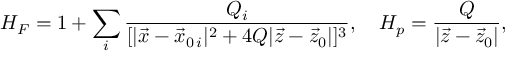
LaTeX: H _ { F } = 1 + \sum _ { i } { \frac { Q _ { i } } { [ | \vec { x } - \vec { x } _ { 0 \, i } | ^ { 2 } + 4 Q | \vec { z } - \vec { z } _ { 0 } | ] ^ { 3 } } } , \ \ \ H _ { p } = { \frac { Q } { | \vec { z } - \vec { z } _ { 0 } | } } ,